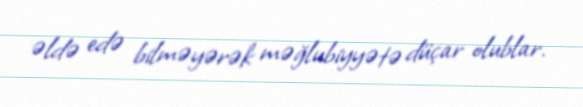
əldə edə bilməyərək məğlubiyyətə düçar olublar.